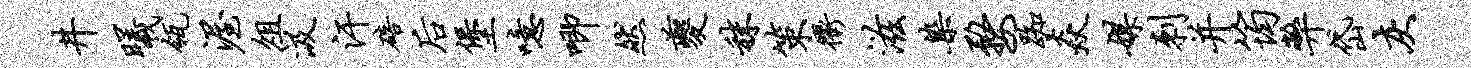
井曦瓴渥俎汲汗碚後堡噫唧然夔秣策衢滋染婺踟焱媒刺并筠弊岱灰